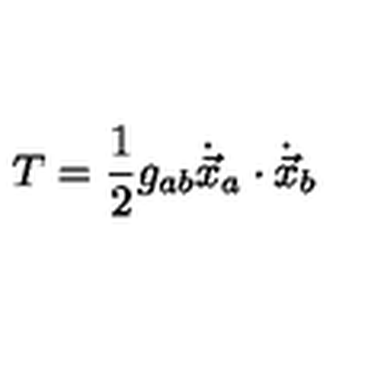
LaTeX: T = \frac { 1 } { 2 } g _ { a b } \dot { \vec { x } } _ { a } \cdot \dot { \vec { x } } _ { b }